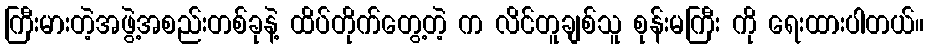
ကြီးမားတဲ့အဖွဲ့အစည်းတစ်ခုနဲ့ ထိပ်တိုက်တွေ့တဲ့ က လိင်တူချစ်သူ စုန်းမကြီး ကို ရေးထားပါတယ်။